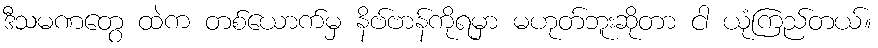
ဒီသမဏတွေ ထဲက တစ်ယောက်မှ နိဗ်ဗာန်ကိုရမှာ မဟုတ်ဘူးဆိုတာ ငါ ယုံကြည်တယ်။